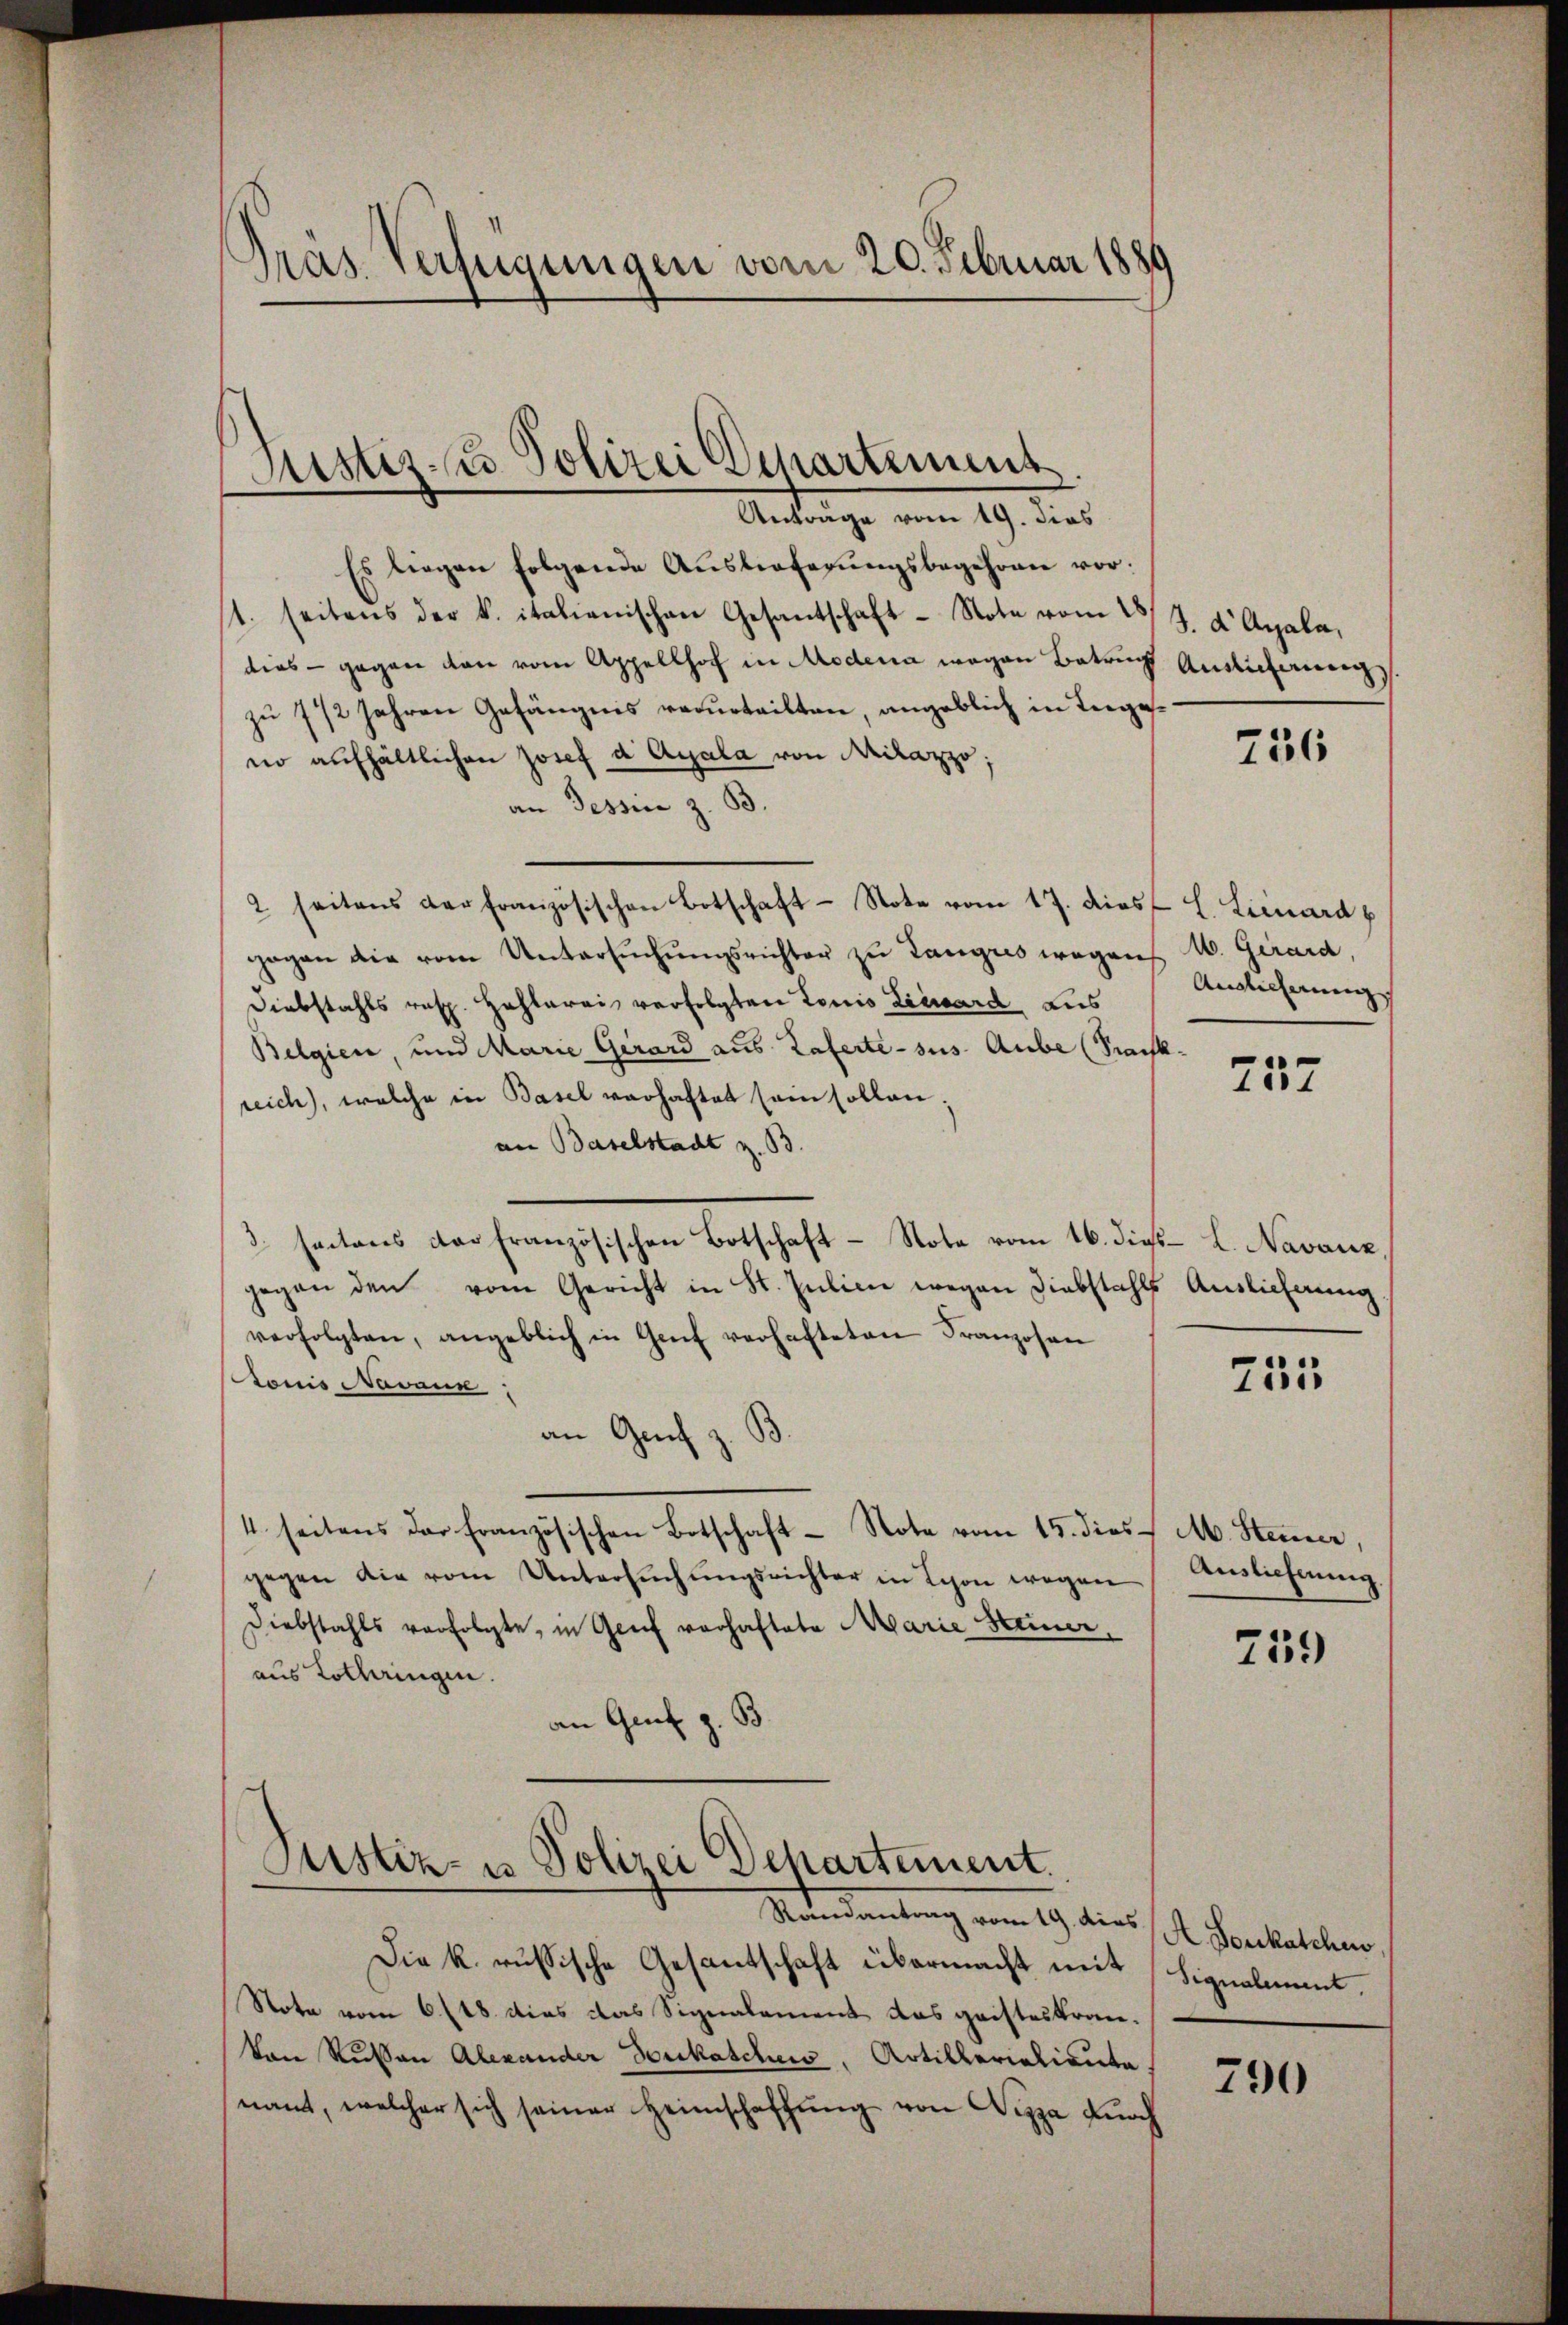
Es liegen folgende Auslieferŭngsbegehrnen vor:
s1. seitens der k. italienischen Gesantschaft - Note vom 23 J. d Apala,
dies - gegen den vom Appellhof in Modena wegen Betrug Auslieferung
zu 7 1/2 Jahren Gefängnis verurteilten, angeblich in Ingeno aufhältlichen Josef d Ayala von Krilazzo;
an Tessin z. B.
2 seitens der französischen Botschaft Note vom 17. dies L. Lizard p
gogen die vom Untersŭchŭngsrichter zu Tangres wegen M. Girard,
Diebstahls resp. Hohlerei verfolgten Louis Lizard aus
Belgien, und Marie Gerard aus Zaferte - sus. Aube (Sack-
reich), welche in Basel verhaftet sein sollen;
an Baselstadt z. B.
3. santons der französischen Botschaft - Note vom 16. dies L. Navanz,
gegen den vom Gericht in St. Julien wegen Diebstahls Auslieferung
verfolgten, angeblich in Genf verhafteten Franzosen
Louis Navaux;
an Genf z. B.
d
4. seitens der Französischen Botschaft Note vom 15. dies Ab. Steuer,
gegen die vom Untersŭchŭngsrichter in Schon wegen Aemlicherŭng.
Diebstahls verfolgte, in Genf vorhaftete Marie Steiner,
aus Lothringen.
an Graf z. B

Präs. Verfügungen vom 20. Februar 1880

Ristiz- u Polizei Departement
Anträge vom 19. dies

Justiz- u Polizei Departement.

Randantrag vom 19. dies A. Boeckatchen,
Die k. russische Gesantschaft übermacht mit Signalment,
Note vom 6. 118. dies das Signalement das geisteskranvon Russen Alexander doukateli, Artillerialiente
nant, welcher sich seiner Heimschaffŭng von Nizza durch

756

Auslicherung

757

715

759

790